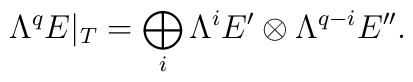
\Lambda^qE|_T=\bigoplus_i\Lambda^iE'\otimes\Lambda^{q-i}E''.